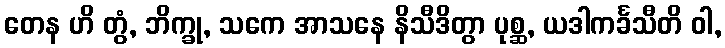
တေန ဟိ တွံ, ဘိက္ခု, သကေ အာသနေ နိသီဒိတွာ ပုစ္ဆ, ယဒါကင်္ခသီတိ ဝါ,